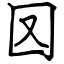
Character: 㘝